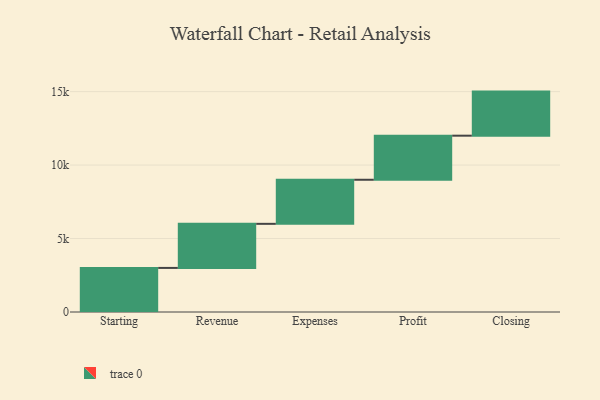
{"axis": {"x": "Step", "y": "Value"}, "legend": [""], "data": [{"x": "Starting", "y": 3000, "type": ""}, {"x": "Revenue", "y": 3000, "type": ""}, {"x": "Expenses", "y": 3000, "type": ""}, {"x": "Profit", "y": 3000, "type": ""}, {"x": "Closing", "y": 3000, "type": ""}]}